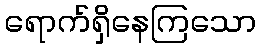
ရောက်ရှိနေကြသော